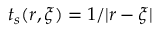
t _ { s } ( \boldsymbol { r } , \boldsymbol { \xi } ) = 1 / | \boldsymbol { r } - \boldsymbol { \xi } |